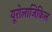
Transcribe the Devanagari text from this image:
यूरोलाजिकिल